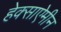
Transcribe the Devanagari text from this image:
हेक्साऐमीन